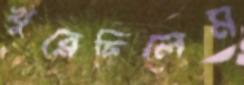
খুব্‌লেছিলেম